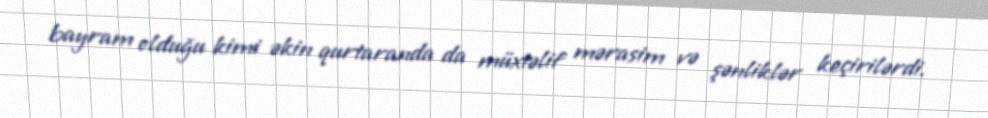
bayram olduğu kimi əkin qurtaranda da müxtəlif mərasim və şənliklər keçirilərdi.